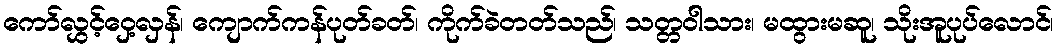
ကော်လွှင့်ဝှေ့လှန်၊ ကျောက်ကန်ပုတ်ခတ်၊ ကိုက်ခဲတတ်သည်၊ သတ္တဝါသား၊ မထွားမဆူ၊ သိုးအူပုပ်လောင်၊